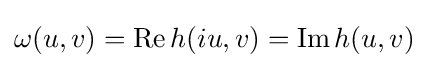
\omega (u,v)=\operatorname {Re} h(iu,v)=\operatorname {Im} h(u,v)